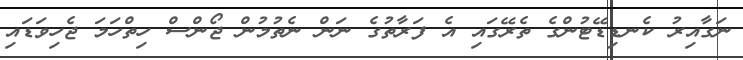
ނަގާއިރު ކެނޑިޑޭޓުންގެ ތެރޭގައި އެ ފަރާތުގެ ނަން ނެތުމުން ޖޯންސް ހިތްހަމަ ޖެހިވަޑައި